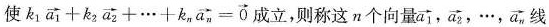
使$$k _ { 1 } \overrightarrow { a _ { 1 } } + k _ { 2 } \overrightarrow { a _ { 2 } } + … + k _ { n } \overrightarrow { a _ { n } } = \overrightarrow { 0 }$$成立，则称这n个向量\overrightarrow{a_{1}}，\overrightarrow{a_{2}}，…，\overrightarrow{a_{n}}线